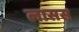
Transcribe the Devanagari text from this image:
लासस